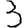
Digit: 3